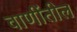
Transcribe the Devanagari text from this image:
वाणींतील